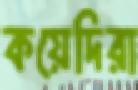
কয়েদিরা